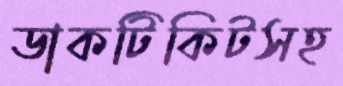
ডাকটিকিটসহ